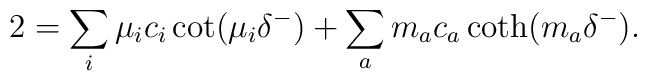
2 =\sum_i \mu_i c_i \cot(\mu_i  \delta^-) + \sum_a m_a c_a \coth(m_a  \delta^-).